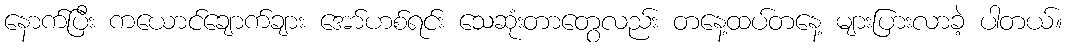
နောက်ပြီး ကယောင်ချောက်ချား အော်ဟစ်ရင်း သေဆုံးတာတွေလည်း တနေ့ထပ်တနေ့ များပြားလာခဲ့ ပါတယ်။